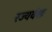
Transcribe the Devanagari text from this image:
रज्यवंशः